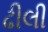
ઢીલી